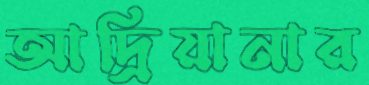
আদ্রিয়ানার